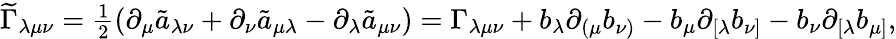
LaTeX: \begin{array}{r}{\widetilde\Gamma_{\lambda\mu\nu}=\frac{1}{2}\left(\partial_{\mu}\tilde{a}_{\lambda\nu}+\partial_{\nu}\tilde{a}_{\mu\lambda}-\partial_{\lambda}\tilde{a}_{\mu\nu}\right)=\Gamma_{\lambda\mu\nu}+b_{\lambda}\partial_{(\mu}b_{\nu)}-b_{\mu}\partial_{[\lambda}b_{\nu]}-b_{\nu}\partial_{[\lambda}b_{\mu]},}\end{array}